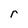
Character: r